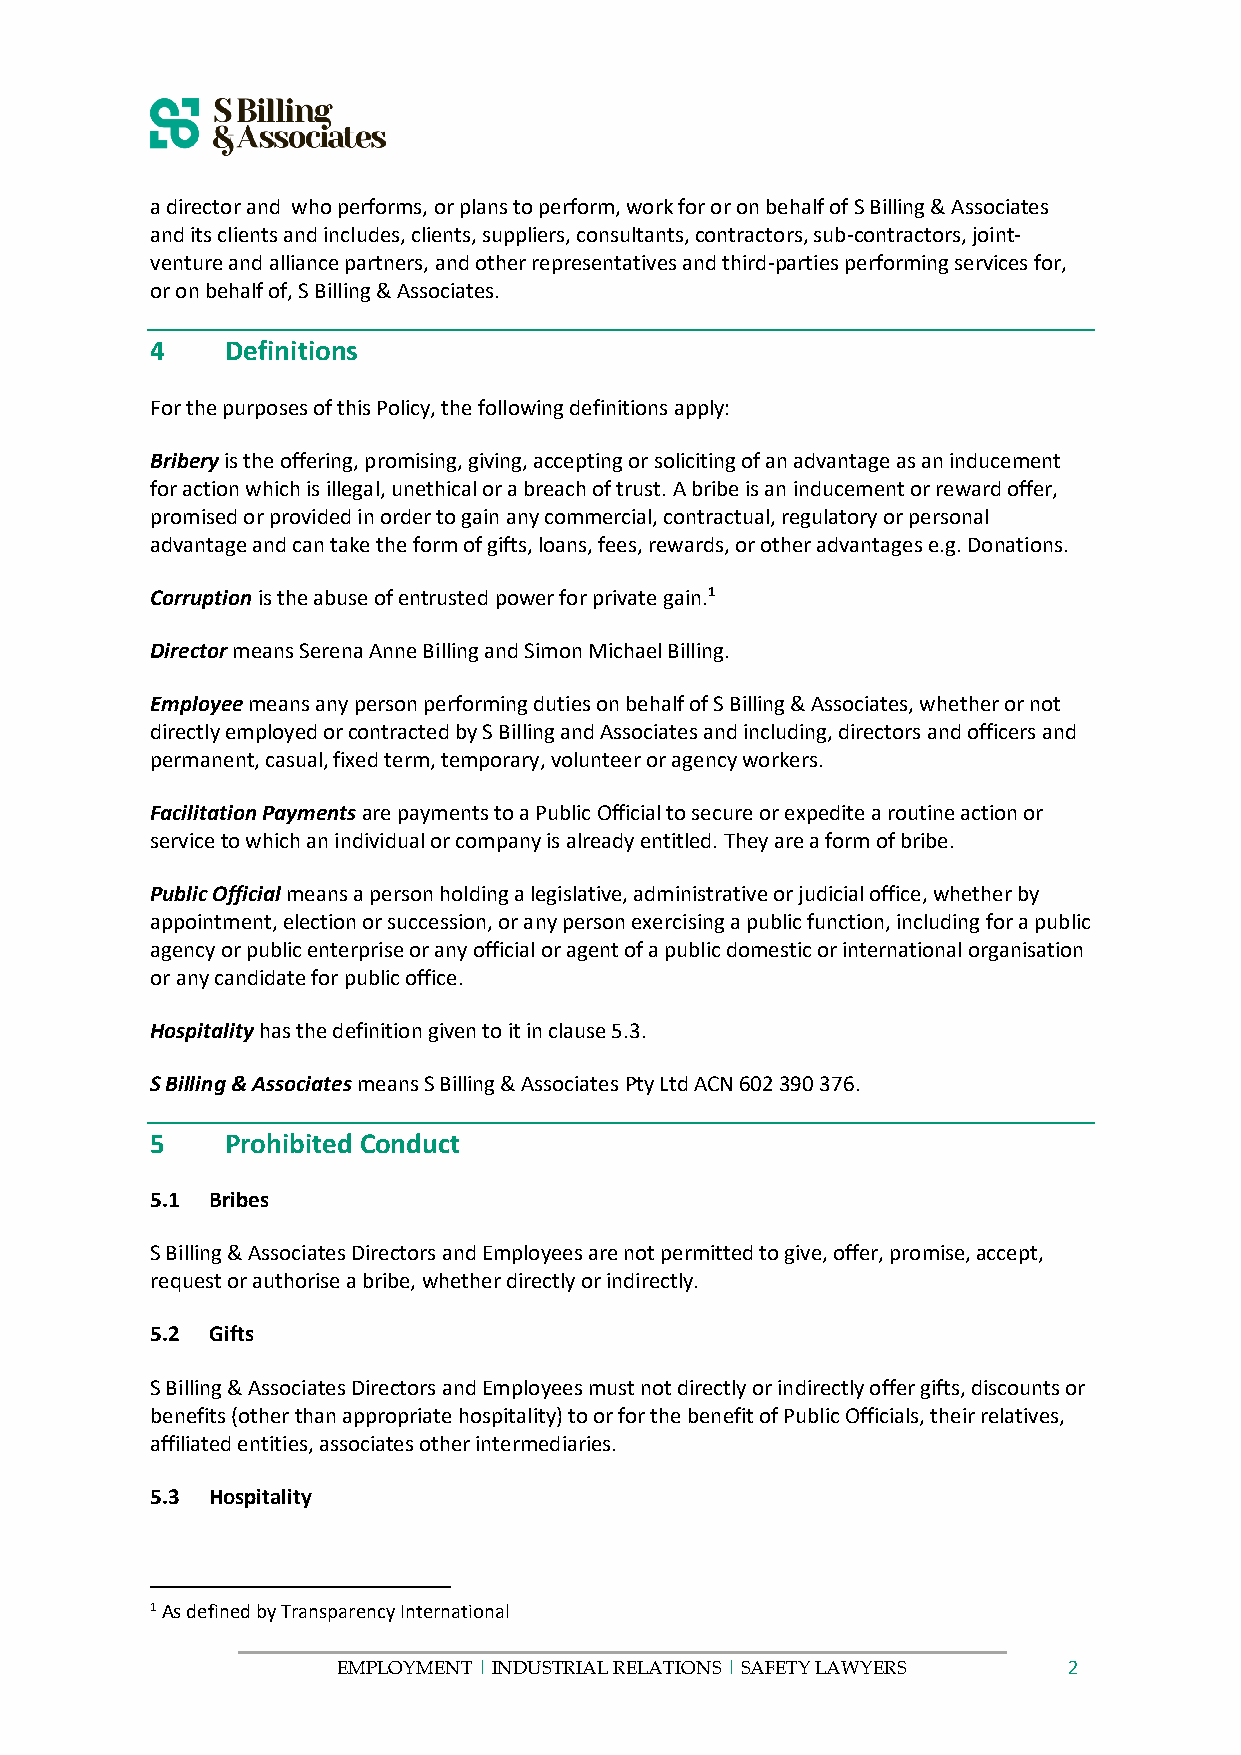
a director and who performs, or plans to perform, work for or on behalf of S Billing & Associates
 and its clients and includes, clients, suppliers, consultants, contractors, sub-contractors, joint-
 venture and alliance partners, and other representatives and third-parties performing services for,
 or on behalf of, S Billing & Associates.
 4    Definitions
 For the purposes of this Policy, the following definitions apply:
 Bribery is the offering, promising, giving, accepting or soliciting of an advantage as an inducement
 for action which is illegal, unethical or a breach of trust. A bribe is an inducement or reward offer,
 promised or provided in order to gain any commercial, contractual, regulatory or personal
 advantage and can take the form of gifts, loans, fees, rewards, or other advantages e.g. Donations.
 Corruption is the abuse of entrusted power for private gain.1
 Director means Serena Anne Billing and Simon Michael Billing.
 Employee means any person performing duties on behalf of S Billing & Associates, whether or not
 directly employed or contracted by S Billing and Associates and including, directors and officers and
 permanent, casual, fixed term, temporary, volunteer or agency workers.
 Facilitation Payments are payments to a Public Official to secure or expedite a routine action or
 service to which an individual or company is already entitled. They are a form of bribe.
 Public Official means a person holding a legislative, administrative or judicial office, whether by
 appointment, election or succession, or any person exercising a public function, including for a public
 agency or public enterprise or any official or agent of a public domestic or international organisation
 or any candidate for public office.
 Hospitality has the definition given to it in clause 5.3.
 S Billing & Associates means S Billing & Associates Pty Ltd ACN 602 390 376.
 5    Prohibited Conduct
 5.1 Bribes
 S Billing & Associates Directors and Employees are not permitted to give, offer, promise, accept,
 request or authorise a bribe, whether directly or indirectly.
 5.2 Gifts
 S Billing & Associates Directors and Employees must not directly or indirectly offer gifts, discounts or
 benefits (other than appropriate hospitality) to or for the benefit of Public Officials, their relatives,
 affiliated entities, associates other intermediaries.
 5.3 Hospitality
 1 As defined by Transparency International
 EMPLOYMENT | INDUSTRIAL RELATIONS | SAFETY LAWYERS 2